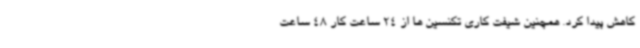
کاهش پیدا کرد. همچنین شیفت کاری تکنسین ها از 24 ساعت کار 48 ساعت